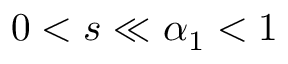
0 < s \ll \alpha _ { 1 } < 1